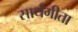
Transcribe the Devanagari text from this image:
सार्थगीता